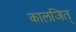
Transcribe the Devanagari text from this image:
कालजित्‌